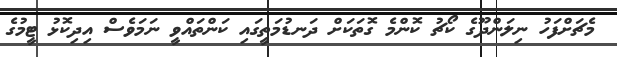
މެޗަށްފަހު ނިލަންދޫގެ ކޯޗު ކޮންމެ ގޮތަކަށް ދަނޑުމަތީގައި ކަންތައްވީ ނަމަވެސް އިދިކޮޅު ޓީމުގެ